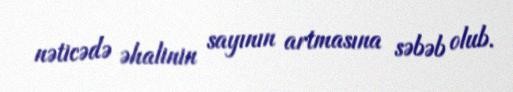
nəticədə əhalinin sayının artmasına səbəb olub.